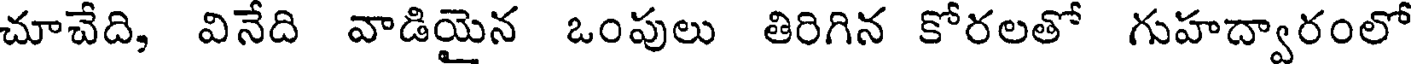
చూచేది, వినేది వాడియైన ఒంపులు తిరిగిన కోరలతో గుహద్వారంలో